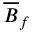
\overline { { B } } _ { f }